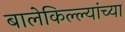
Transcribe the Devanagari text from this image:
बालेकिल्ल्यांच्या